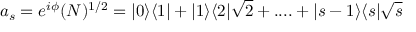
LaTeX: a _ { s } = e ^ { i \phi } ( N ) ^ { 1 / 2 } = | 0 \rangle \langle 1 | + | 1 \rangle \langle 2 | \sqrt { 2 } + . . . . + | s - 1 \rangle \langle s | \sqrt { s }